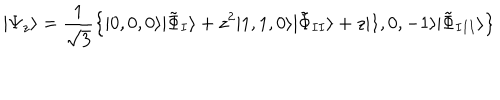
| \Psi _ { z } \rangle = \frac { 1 } { \sqrt { 3 } } \left\{ | 0 , 0 , 0 \rangle | \tilde { \Phi } _ { I } \rangle + z ^ { 2 } | 1 , 1 , 0 \rangle | \tilde { \Phi } _ { I I } \rangle + z | 1 , 0 , - 1 \rangle | \tilde { \Phi } _ { I I I } \rangle \right\}